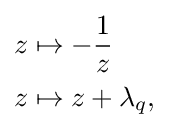
{\begin{aligned}z&\mapsto -{\frac {1}{z}}\\z&\mapsto z+\lambda _{q},\end{aligned}}